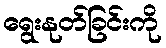
ရွေးနုတ်ခြင်းကို